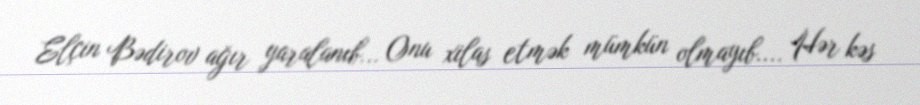
Elçin Bədirov ağır yaralanıb... Onu xilas etmək mümkün olmayıb.... Hər kəs